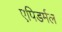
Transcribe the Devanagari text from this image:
एपिडर्मल